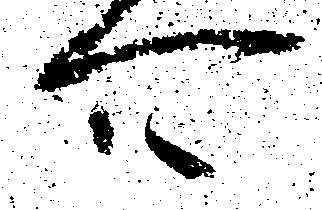
可